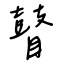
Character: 瞽